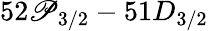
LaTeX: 52\mathscr{P}_{3/2}-51D_{3/2}